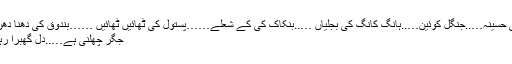
وحشی حسینہ…..جنگل کوئین…..ہانگ کانگ کی بجلیاں …..بنکاک کی کے شعلے……پستول کی ٹھائیں ٹھائیں ……بندوق کی دھنا دھن…..
جگر چھلنی ہے…..دل گھبرا رہا ہے۔